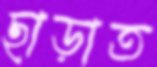
ছাড়াত